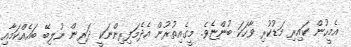
އެމީހުން ކައިރި މަޑުކުރި ވާހަކަ ބުންޏެވެ. މީގެއިތުރުން އެދެމަފިރިންނަކީ ދަރިން ނުލިބޭ ބައެއްކަމާއި